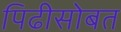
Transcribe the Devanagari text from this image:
पिढीसोबत